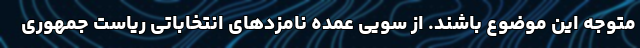
متوجه این موضوع باشند. از سویی عمده نامزدهای انتخاباتی ریاست جمهوری